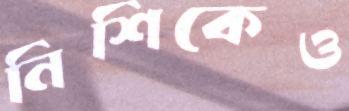
নিশিকেও